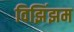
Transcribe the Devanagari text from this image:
विझिंझम